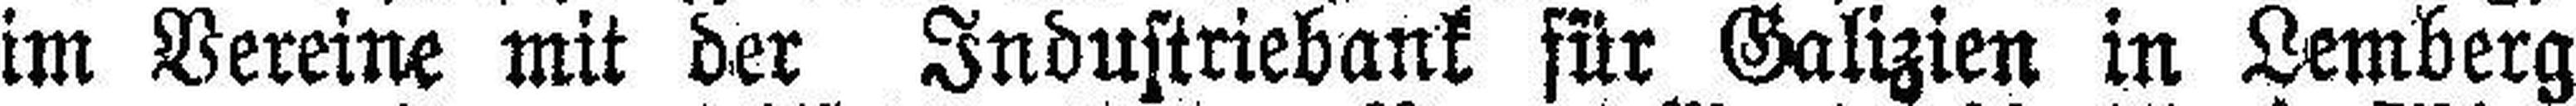
im Vereine mit der Industriebank für Galizien in Lemberg